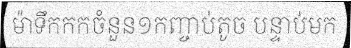
ម៉ាទឹកកកចំនួន១កញ្ចាប់តូច បន្ទាប់មក